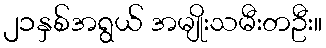
၂၁နှစ်အရွယ် အမျိုးသမီးတဦး။